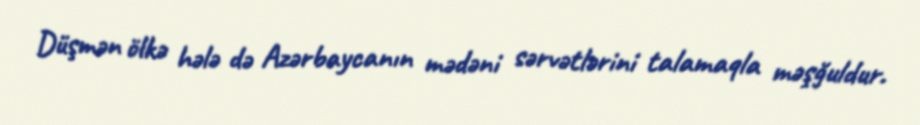
Düşmən ölkə hələ də Azərbaycanın mədəni sərvətlərini talamaqla məşğuldur.